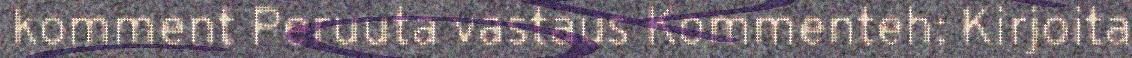
komment Peruuta vastaus Kommenteh: Kirjoita